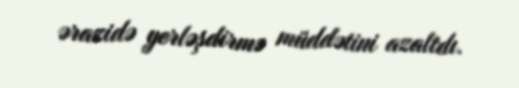
ərazidə yerləşdirmə müddətini azaltdı.